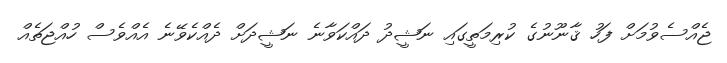
ޖެއްސެވުމަށް ފަހު ޤާނޫނުގެ ކުރިމަތީގައި ނަޝީދު ދައްކަވާނެ ނަޝީދަށް ދެއްކެވޭނެ އެއްވެސް ހުއްޖަތެއް